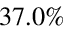
3 7 . 0 \%